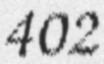
402